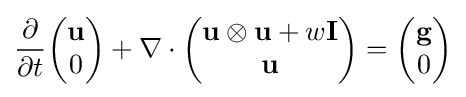
{\frac {\partial }{\partial t}}{\begin{pmatrix}\mathbf {u} \\0\end{pmatrix}}+\nabla \cdot {\begin{pmatrix}\mathbf {u} \otimes \mathbf {u} +w\mathbf {I} \\\mathbf {u} \end{pmatrix}}={\begin{pmatrix}\mathbf {g} \\0\end{pmatrix}}